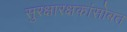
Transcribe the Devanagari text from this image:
सुरक्षारक्षकांसोबत